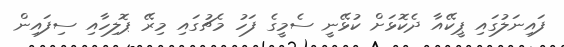
ފައިނަލުގައި ޕީކޭއާ ދެކޮޅަށް ކުޅޭނީ ސެމީގެ ފަހު މެޗުގައި މިރޭ ޕޮލިހާއި ސިފައިން